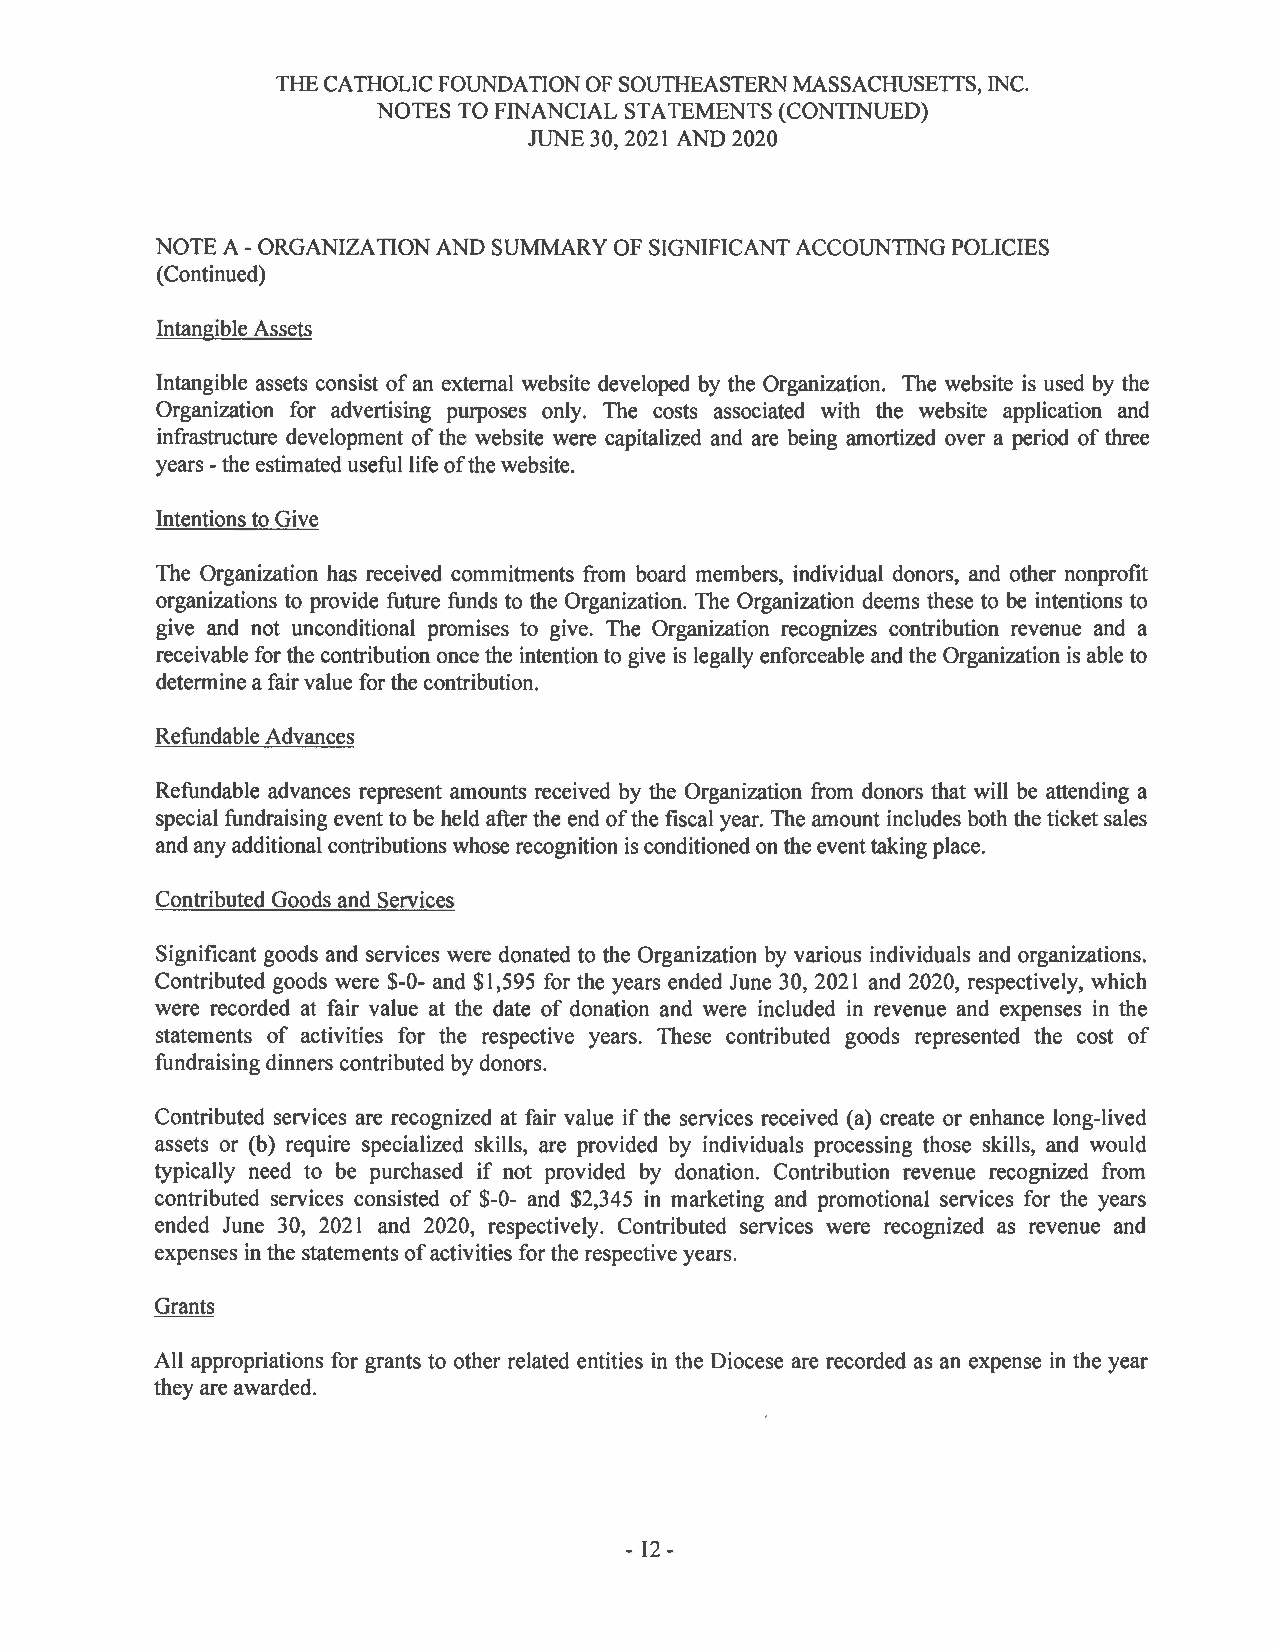
THE CATHOLIC FOUNDATION OF SOUTHEASTERN MASSACHUSETTS, INC.
 NOTES TO FINANCIAL STATEMENTS (CONTINUED)
 JUNE 30, 2021 AND 2020
 NOTE A -ORGANIZATION AND SUMMARY OF SIGNIFICANT ACCOUNTING POLICIES
 (Continued)
 Intangible Assets
 Intangible assets consist of an external website developed by the Organization. The website is used by the
 Organization for adve1tising purposes only. The costs associated with the website application and
 infrastructure development of the website were capitalized and are being amortized over a period of three
 years -the estimated useful life of the website.
 Intentions to Give
 The Organization has received commitments from board members, individual donors, and other nonprofit
 organizations to provide future funds to the Organization. The Organization deems these to be intentions to
 give and not unconditional promises to give. The Organization recognizes contribution revenue and a
 receivable for the contribution once the intention to give is legally enforceable and the Organization is able to
 determine a fair value for the contribution.
 Refundable Advances
 Refundable advances represent amounts received by the Organization from donors that will be attending a
 special fundraising event to be held after the end of the fiscal year. The amount includes both the ticket sales
 and any additional contributions whose recognition is conditioned on the event taking place.
 Contributed Goods and Services
 Significant goods and services were donated to the Organization by various individuals and organizations.
 Contributed goods were $-0- and $1,595 for the years ended June 30, 2021 and 2020, respectively, which
 were recorded at fair value at the date of donation and were included in revenue and expenses in the
 statements of activities for the respective years. These contributed goods represented the cost of
 fundraising dinners contributed by donors.
 Contributed services are recognized at fair value if the services received (a) create or enhance long-lived
 assets or (b) require specialized skills, are provided by individuals processing those skills, and would
 typically need to be purchased if not provided by donation. Contribution revenue recognized from
 contributed services consisted of $-0- and $2,345 in marketing and promotional services for the years
 ended June 30, 2021 and 2020, respectively. Contributed services were recognized as revenue and
 expenses in the statements of activities for the respective years.
 All appropriations for grants to other related entities in the Diocese are recorded as an expense in the year
 they are awarded.
 - 12 -